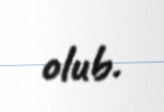
olub.